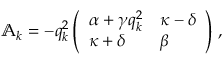
\begin{array} { r } { \mathbb { A } _ { k } = - q _ { k } ^ { 2 } \left( \begin{array} { l l } { \alpha + \gamma q _ { k } ^ { 2 } } & { \kappa - \delta } \\ { \kappa + \delta } & { \beta } \end{array} \right) \, , } \end{array}